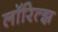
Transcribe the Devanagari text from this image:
लॉरित्झ